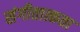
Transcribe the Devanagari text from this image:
संगीतात्कता